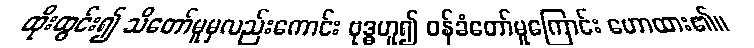
ထိုးထွင်း၍ သိတော်မူမှလည်းကောင်း ဗုဒ္ဓဟူ၍ ဝန်ခံတော်မူကြောင်း ဟောထား၏။